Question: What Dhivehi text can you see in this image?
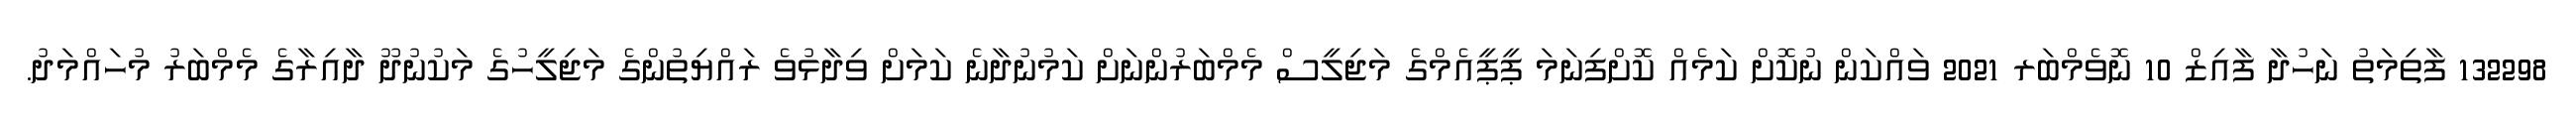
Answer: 132298 ފާތިމަތު ނަހުދާ ފާއިޒް 10 ނޮވެމްބަރ 2021 ވައްކަން ނުކޮށް ކަމެއް ކޮށްފިނަމަ ޕީޕީއެމްގެ މަޖިލީސް މެމްބަރުންނަށް ކަމުނުދާނެ ކަމަށް ވިދާޅުވެ ރައްޔިތުންގެ މަޖިލީހުގެ މަކުނުދޫ ދާއިރާގެ މެމްބަރު މުހައްމަދު.